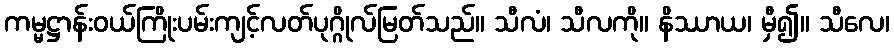
ကမ္မဋ္ဌာန်းဝယ်ကြိုးပမ်းကျင့်လတ်ပုဂ္ဂိုလ်မြတ်သည်။ သီလံ၊ သီလကို။ နိဿာယ၊ မှီ၍။ သီလေ၊